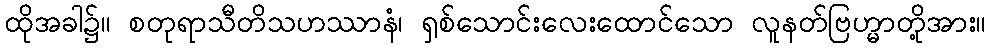
ထိုအခါ၌။ စတုရာသီတိသဟဿာနံ၊ ရှစ်သောင်းလေးထောင်သော လူနတ်ဗြဟ္မာတို့အား။